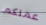
عملكم